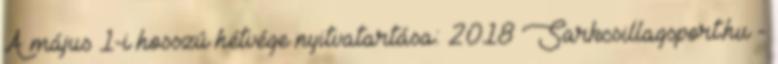
A május 1-i hosszú hétvége nyitvatartása: 2018 Sarkcsillagsport.hu -